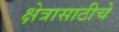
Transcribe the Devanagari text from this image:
क्षेत्रासाठीचे